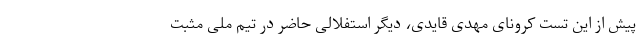
پیش از این تست کرونای مهدی قایدی، دیگر استفلالی حاضر در تیم ملی مثبت